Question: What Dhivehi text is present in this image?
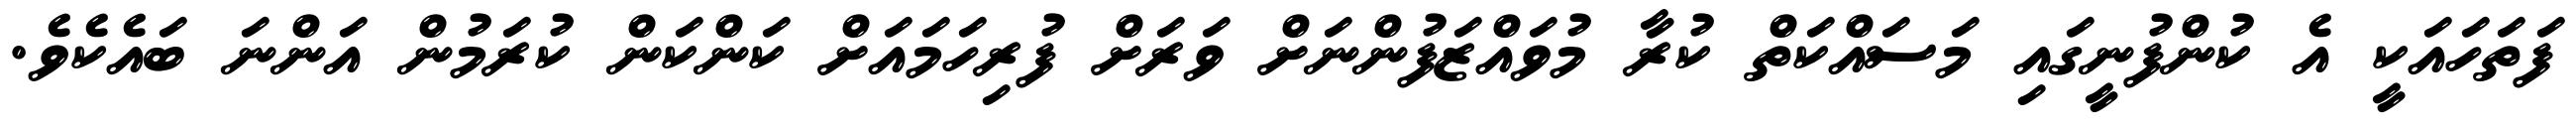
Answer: ފަތަހައަކީ އެ ކުންފުނީގައި މަސައްކަތް ކުރާ މުވައްޒަފުންނަށް ވަރަށް ފުރިހަމައަށް ކަންކަން ކުރަމުން އަންނަ ބައެކެވެ.